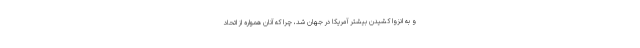
و به انزوا کشیدن بیشتر آمریکا در جهان شد، چرا که آنان همواره از اتحاد